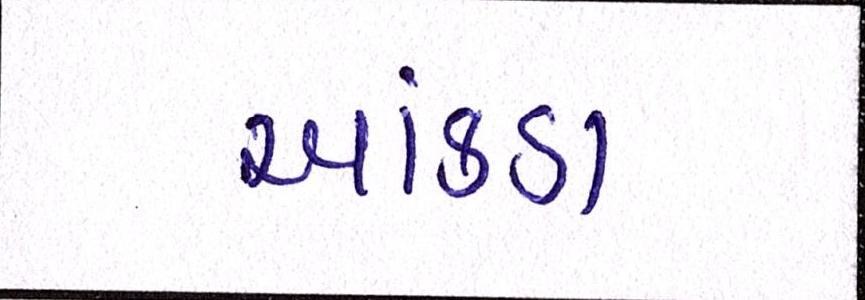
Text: આંકડા